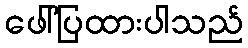
ဖေါ်ပြထားပါသည်